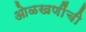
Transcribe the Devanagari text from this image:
ओळखणींची